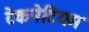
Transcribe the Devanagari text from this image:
टेकनेटियम